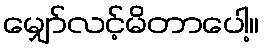
မျှော်လင့်မိတာပေါ့။